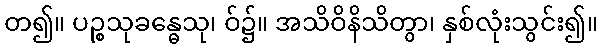
တ၍။ ပဉ္စသုခန္ဓေသု၊ ဝ်၌။ အသိဝိနိသိတွာ၊ နှစ်လုံးသွင်း၍။